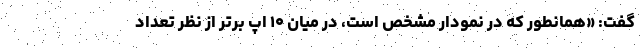
گفت: «همانطور که در نمودار مشخص است، در میان ۱۰ اپ برتر از نظر تعداد